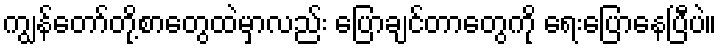
ကျွန်တော်တို့စာတွေထဲမှာလည်း ပြောချင်တာတွေကို ရေးပြောနေပြီပဲ။